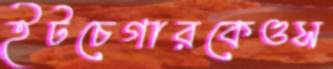
ইটচেগারকেওস